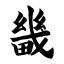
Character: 畿